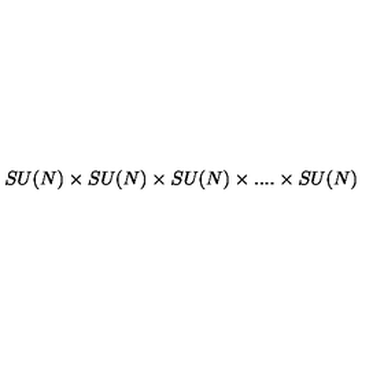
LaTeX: S U ( N ) \times S U ( N ) \times S U ( N ) \times . . . . \times S U ( N )